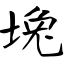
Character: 堍